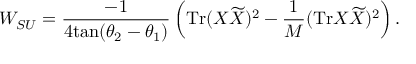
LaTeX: W _ { S U } = \frac { - 1 } { 4 \mathrm { t a n } ( \theta _ { 2 } - \theta _ { 1 } ) } \left( \mathrm { T r } ( X { \widetilde X } ) ^ { 2 } - \frac { 1 } { M } ( \mathrm { T r } X { \widetilde X } ) ^ { 2 } \right) .